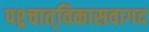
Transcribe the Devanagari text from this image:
पश्र्चात्‌विकासवागद